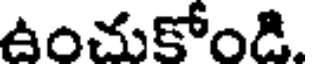
ఉంచుకోండి.